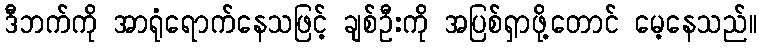
ဒီဘက်ကို အာရုံရောက်နေသဖြင့် ချစ်ဦးကို အပြစ်ရှာဖို့တောင် မေ့နေသည်။